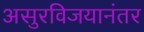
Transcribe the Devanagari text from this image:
असुरविजयानंतर